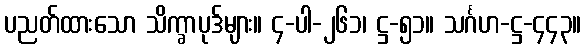
ပညတ်ထားသော သိက္ခာပုဒ်များ။ ၄-ပါ-၂၆၁၊ ဋ္ဌ-၅၁။ သင်္ဂဟ-ဋ္ဌ-၄၄၃။